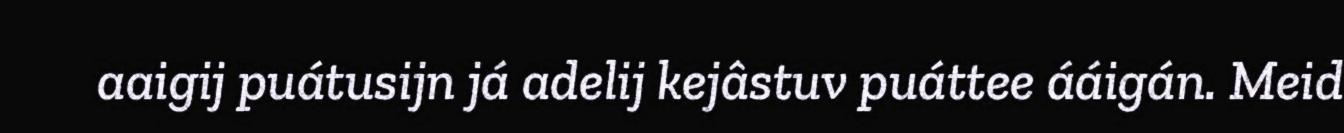
aaigij puátusijn já adelij kejâstuv puáttee ááigán. Meid